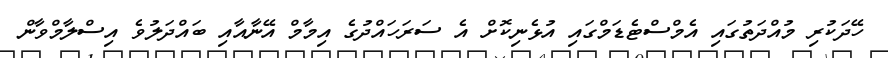
ހޭދަކުރި މުއްދަތުގައި އެމްސްޓެޑަމްގައި އުޅެނިކޮށް އެ ސަަރަހައްދުގެ އިމާމް އޭނާއާއި ބައްދަލުވެ އިސްލާމްވާން